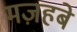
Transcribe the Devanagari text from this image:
मज़हबे